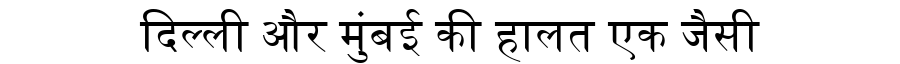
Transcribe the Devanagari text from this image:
दिल्ली और मुंबई की हालत एक जैसी